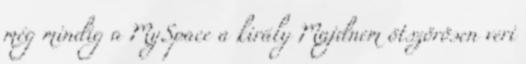
még mindig a MySpace a király Majdnem ötszörösen veri